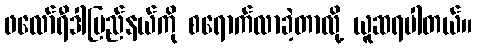
ဖလော်ရီဒါပြည်နယ်ကို စရောက်လာခဲ့တာလို့ ယူဆရပါတယ်။